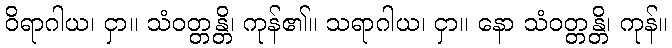
ဝိရာဂါယ၊ ငှာ။ သံဝတ္တန္တိ၊ ကုန်၏။ သရာဂါယ၊ ငှာ။ နော သံဝတ္တန္တိ၊ ကုန်။